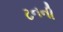
ટનની